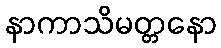
နာကာသိမတ္တနော